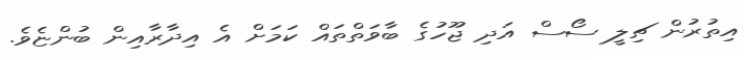
އިތުރުން ޗިލީ ސޯސް އަދި ޖޫހުގެ ބާވަތްތައް ކަމަށް އެ އިދާރާއިން ބުންޏެވެ.